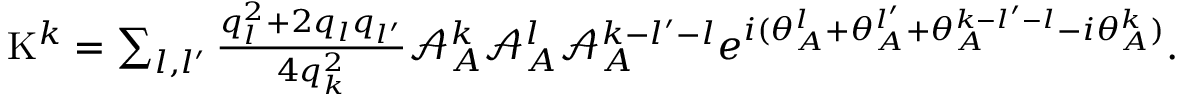
\begin{array} { r } { \mathrm { K } ^ { k } = \sum _ { l , l ^ { \prime } } \frac { q _ { l } ^ { 2 } + 2 q _ { l } q _ { l ^ { \prime } } } { 4 q _ { k } ^ { 2 } } { \mathcal { A } _ { A } ^ { k } \mathcal { A } _ { A } ^ { l } } \mathcal { A } _ { A } ^ { k - l ^ { \prime } - l } e ^ { i ( \theta _ { A } ^ { l } + \theta _ { A } ^ { l ^ { \prime } } + \theta _ { A } ^ { k - l ^ { \prime } - l } - { i \theta _ { A } ^ { k } } ) } . } \end{array}